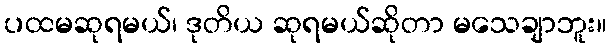
ပထမဆုရမယ်၊ ဒုတိယ ဆုရမယ်ဆိုတာ မသေချာဘူး။